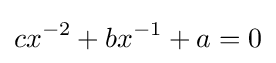
cx^{-2}+bx^{-1}+a=0